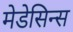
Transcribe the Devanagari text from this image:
मेडेसिन्स